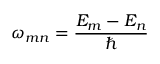
\omega _ { m n } = \frac { E _ { m } - E _ { n } } { \hbar }